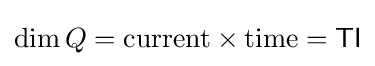
\operatorname {dim} Q={\text{current}}\times {\text{time}}={\mathsf {T}}{\mathsf {I}}